Report on the cultivation and use of ganja
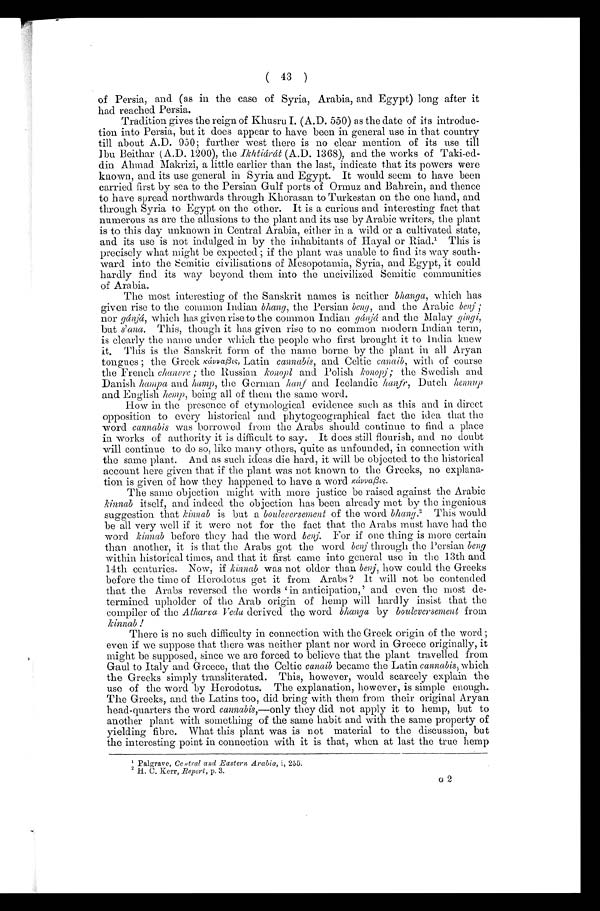
( 43 )
of Persia, and (as in the case of Syria, Arabia, and Egypt) long after it
had reached Persia.
Tradition gives the reign of Khusru I. (A.D. 550) as the date of its introduc-
tion into Persia, but it does appear to have been in general use in that country
till about A.D. 950; further west there is no clear mention of its use till
Ibu Beithar ( A.D. 1200), the Ikh tiárát (A.D. 1368), and the works of Taki-ed-
din Ahmad. Makrizi, a little earlier than the last, indicate that its powers were
known, and. its use general in Syria and Egypt. It would seem to have been
carried first by sea to the Persian Gulf ports of Ormuz and Bahrein, and thence
to have spread northwards through Khorasan to Turkestan on the one hand, and
through Syria to Egypt on the other. It is a curious and interesting fact that
numerous as are the allusions to the plant and its use by Arabic writers, the plant
is to this day unknown in Central Arabia, either in a wild or a cultivated state,
and its use is not indulged in by the inhabitants of Hayal or Riad.¹ This is
precisely what might be expected ; if the plant was unable to find its way south-
ward into the Semitic civilisations of Mesopotamia, Syria, and Egypt, it could
hardly find its way beyond them into the uncivilized Semitic communities
of Arabia.
The most interesting of the Sanskrit names is neither bhanga, which has
given rise to the common Indian bhang, the Persian beng, and the Arabic benj ;
nor gánjá, which has given rise to the common Indian g ánjá and the Malay gingi,
but s'ana. This, though it has given rise to no common modern Indian term,
is clearly the name under which the people who first brought it to India knew
it. This is the Sanskrit form of the name borne by the plant in all Aryan
tongues the Greek kávvaßis, Latin cannabis, and Celtic canaib, with of course
the French chanvre ; the Russian konopl and Polish konopj ; the Swedish and
Danish hampa and hamp, the German hanf and Icelandic hanfr, Dutch hennup
and English hemp, being all of them the same word.
How in the presence of etymological evidence such as this and in direct
opposition to every historical and phytogeographical fact the idea that the
word cannabis was borrowed from the Arabs should continue to find a place
in works of authority it is difficult to say. It does still flourish, and no doubt
will continue to do so, like many others, quite as unfounded, in connection with
the same plant. And. as such ideas die hard, it will be objected to the historical
account here given that if the plant was not known to the Greeks, no explana-
tion is given of how they happened to have a word Kávvaßis.
The same objection might with more justice be raised against the Arabic
k i n n a b
i t s e l f , a n d i n d e e d t h e o b j e c t i o n h a s b e e n a l r e a d y m e t b y t h e i n g e n i o u s
suggestion that kinnab is but a bouleversement of the word bhang.² T h i s w o u l d
be all very well if it were not for the fact that the Arabs must have had the
word kinnab before they had the word benj. For if one thing is more certain
than another, it is that the Arabs got the word benj through the Persian beng
within historical times, and that it first came into general use in the 13th and
14th centuries. Now, if kinnab was not older than benj, how could the Greeks
before the time of Herodotus get it from Arabs? It will not be contended
that the Arabs reversed the words 'in anticipation,' and even the most de-
termined upholder of the Arab origin of hemp will hardly insist that the
compiler of the Atharva Veda derived the word bhanga by bouleversement from
kinnab !
There is no such difficulty in connection with the Greek origin of the word;
even if we suppose that there was neither plant nor word in Greece originally, it
might be supposed, since we are forced to believe that the plant travelled from
Gaul to Italy and Greece, that the Celtic canaib became the Latin cannabis, which
the Greeks simply transliterated. This, however, would scarcely explain the
use of the word by Herodotus. The explanation, however, is simple enough.
The Greeks, and the Latins too, did bring with them from their original Aryan
head-quarters the word cannabis,—only they did not apply it to hemp, but to
another plant with something of the same habit and with the same property of
yielding fibre. What this plant was is not material to the discussion, but
the interesting point in connection with it is that, when at last the true hemp
¹ P a l g r a v e ,
C e n t r a l a n d E a s t e r n A r a b i a ,
i,
255.
² H . C . K e r r ,
R e p o r t ,
p . 3 .
G 2